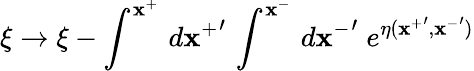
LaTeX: \xi\rightarrow\xi-\int^{\mathbf{x}^{+}}\, d{\mathbf{x}^{+}}^{\prime}\, \int^{\mathbf{x}^{-}}\, d{\mathbf{x}^{-}}^{\prime}\; e^{\eta({\mathbf{x}^{+}}^{\prime},{\mathbf{x}^{-}}^{\prime})}